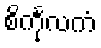
စိင်္ကုလကံ